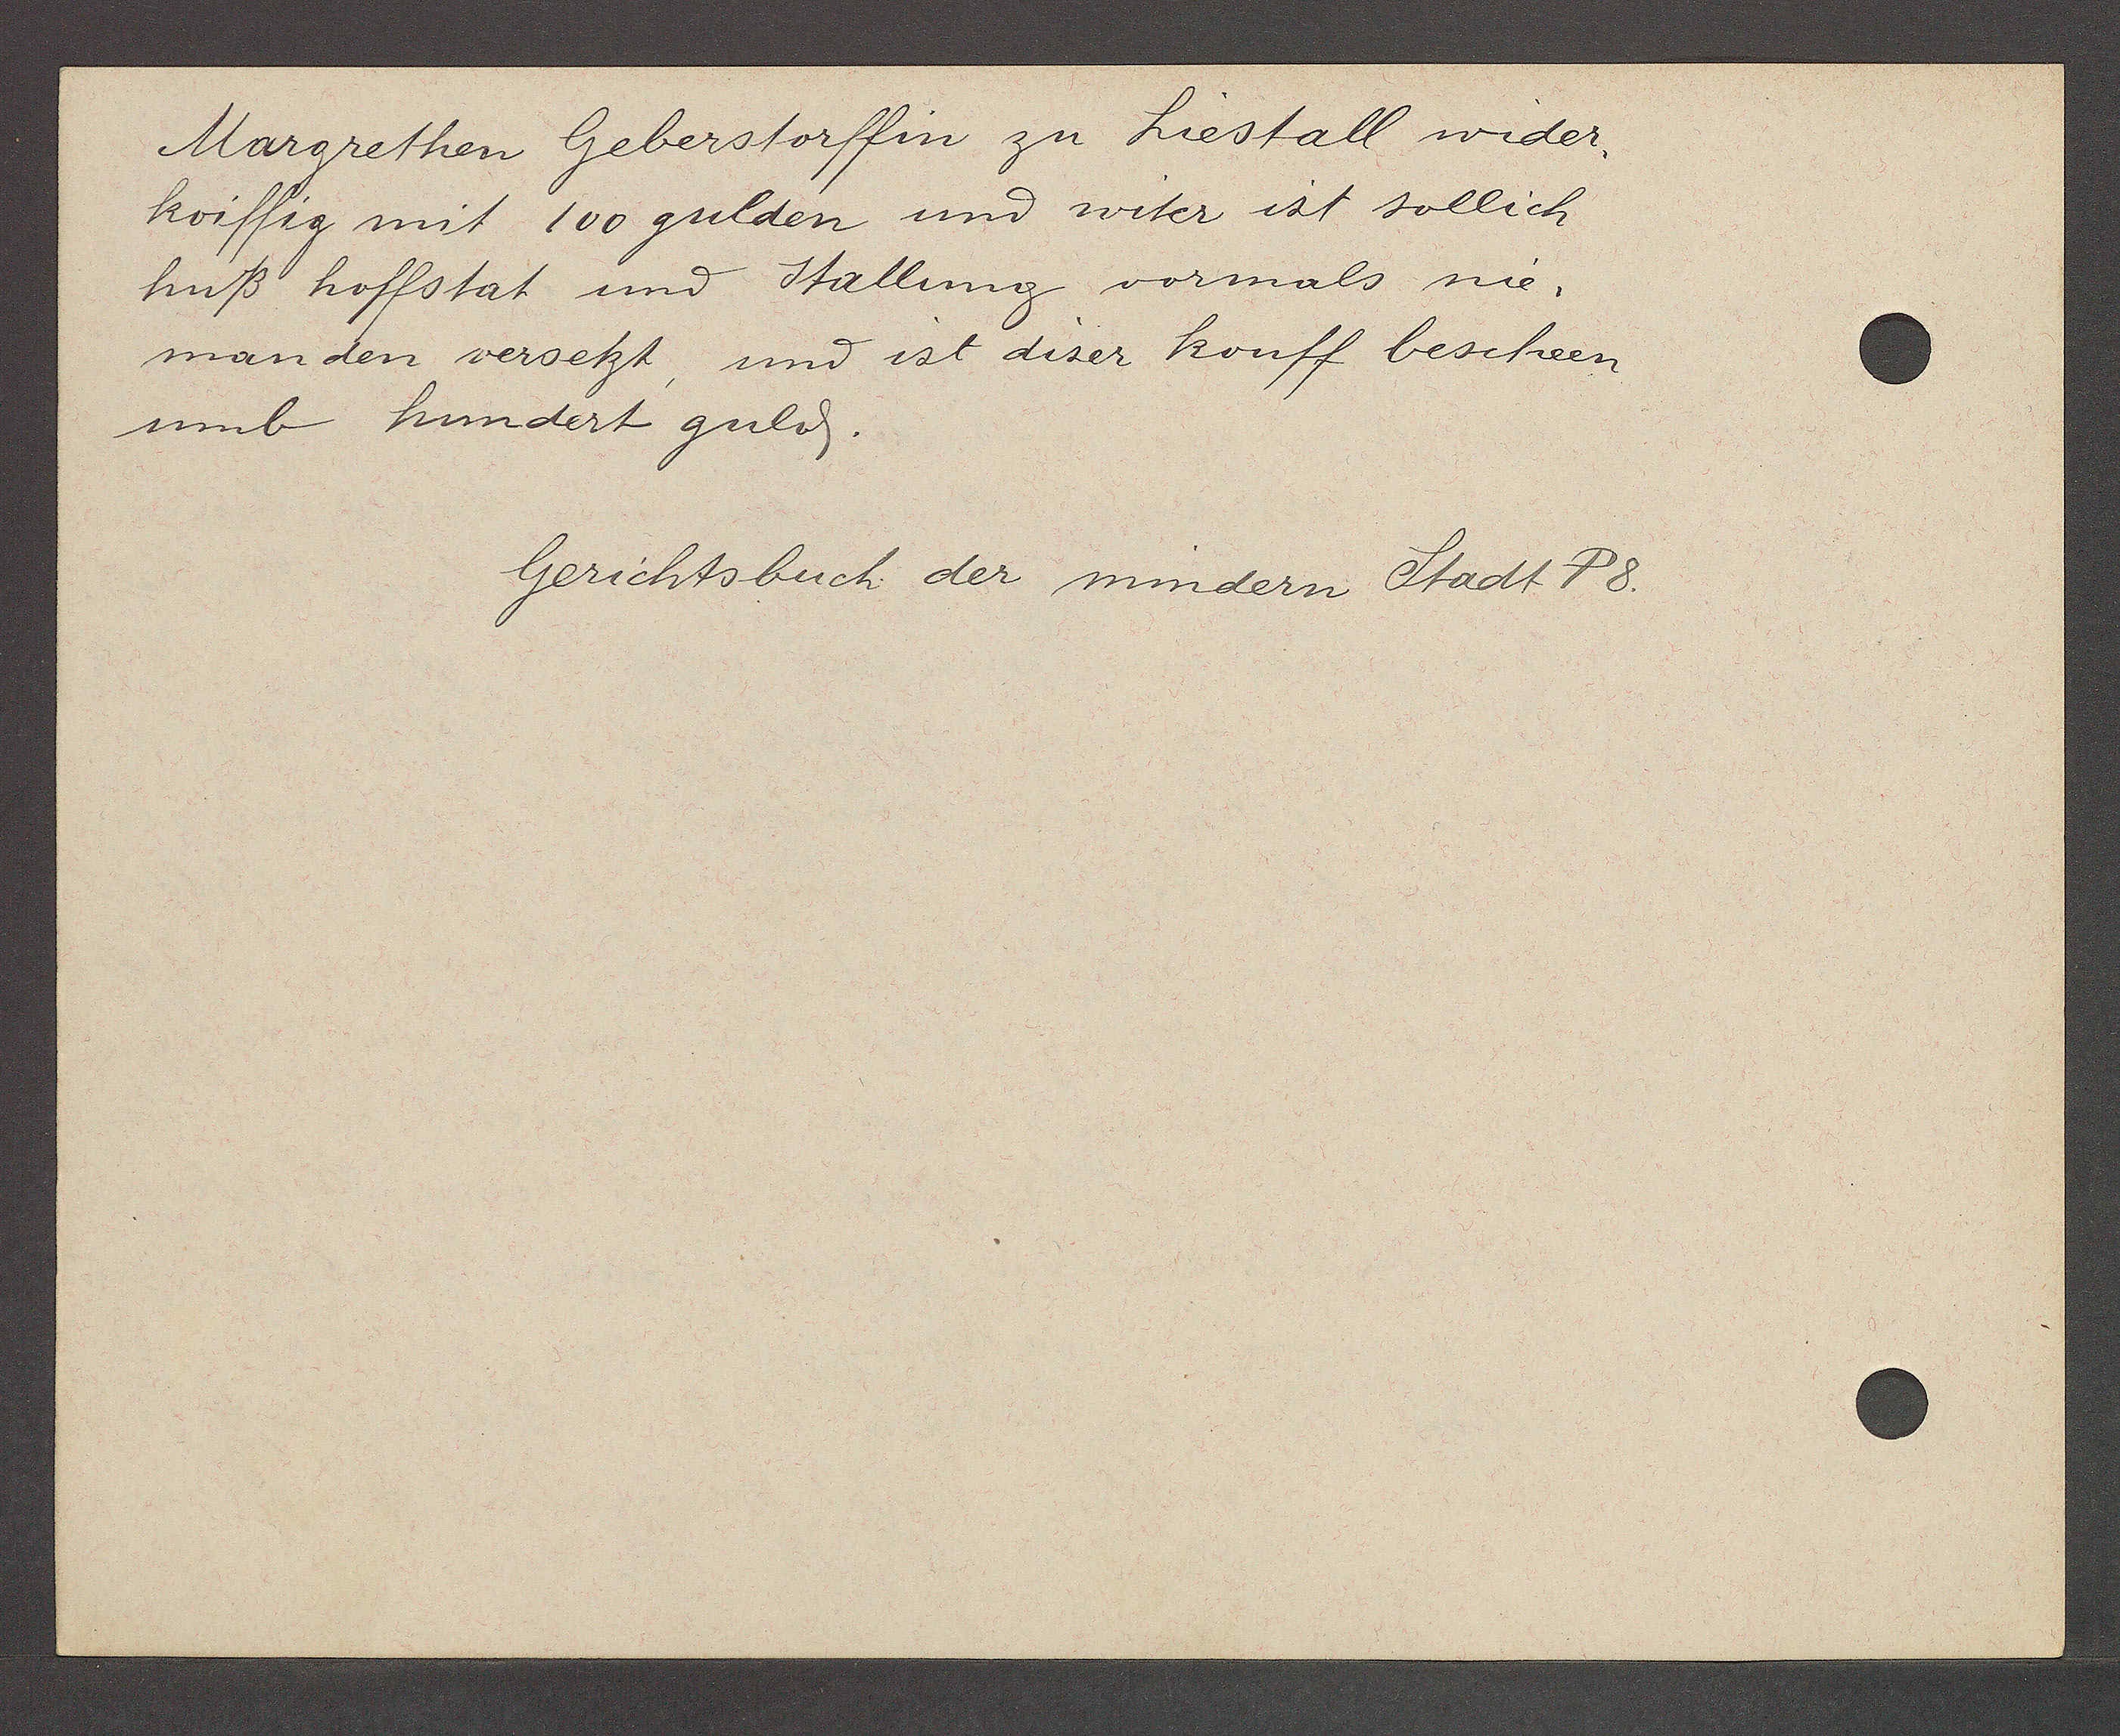
Transcript:
Margrethen Geberstorffin zu Liestall wider¬
koiffig mit 100 gulden und witer ist sollich
huß hoffstat und Stallung vormals nie¬
manden versetzt, und ist diser kouff bescheen
umb hundert guld.

Gerichtsbuch der mindern Stadt P8.